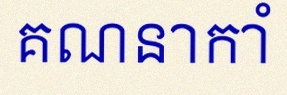
គណនាកាំ